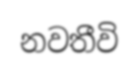
නවතීවි